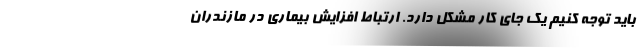
باید توجه کنیم یک جای کار مشکل دارد. ارتباط افزایش بیماری در مازندران